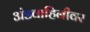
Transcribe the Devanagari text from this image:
अंडवाहिनीवर